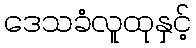
ဒေသခံလူထုနှင့်